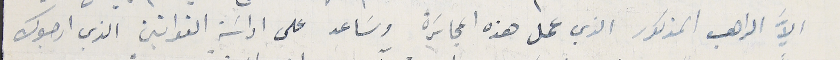
الاَّ الراهب المذكور الذي عمل هذه المجاسَرة وسَاعد على اداسَة القوانين الذي ارجوك